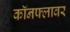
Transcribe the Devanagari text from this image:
कॉनफ्लावर